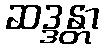
ဆဒ္ဒန္တာ